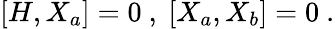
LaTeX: [H,X_{a}]=0\ ,\ [X_{a},X_{b}]=0\ .